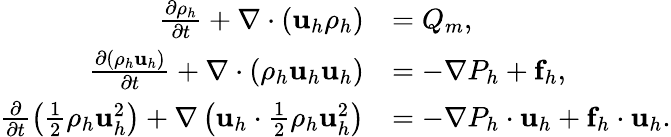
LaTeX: \begin{array}{rl}{\frac{\partial\rho_{h}}{\partial t}+\nabla\cdot(\mathbf u_{h}\rho_{h})}&{=Q_{m},}\\ {\frac{\partial(\rho_{h}\mathbf u_{h})}{\partial t}+\nabla\cdot(\rho_{h}\mathbf u_{h}\mathbf u_{h})}&{=-\nabla P_{h}+\mathbf f_{h},}\\ {\frac{\partial}{\partial t}\left(\frac{1}{2}\rho_{h}\mathbf u_{h}^{2}\right)+\nabla\left(\mathbf u_{h}\cdot\frac{1}{2}\rho_{h}\mathbf u_{h}^{2}\right)}&{=-\nabla P_{h}\cdot\mathbf u_{h}+\mathbf f_{h}\cdot\mathbf u_{h}.}\end{array}